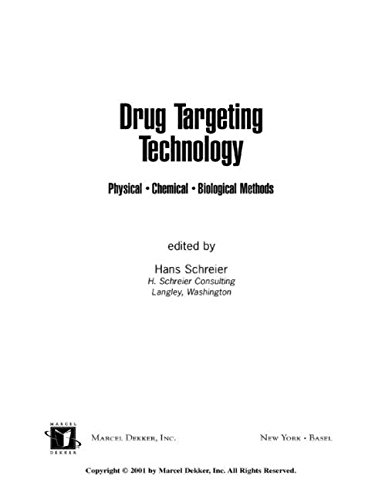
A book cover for Drug Targeting Technology: Physical Chemical Biological Methods (Drugs and the Pharmaceutical Sciences); Medical Books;